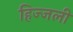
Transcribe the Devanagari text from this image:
हिज्जली